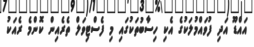
އައްޑޫ އަދި ފުވައްމުލަކުގެ އެކި ހިސާބުތަކުގައި މި ފެސްޓިވަލް ތެރެއިން ކޮންމެ ރެއަކު